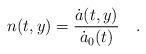
LaTeX: \begin{align*}n(t,y) = {{\dot a(t,y)} \over {\dot a_0(t)}} \quad .\end{align*}